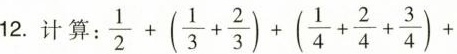
12计算： $$: \frac{1}{2}+(\frac{1}{3}+ \frac{2}{3})+(\frac{1}{4}+ \frac{2}{4}+ \frac{3}{4})+